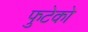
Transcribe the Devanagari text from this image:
फुटेको